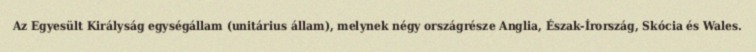
Az Egyesült Királyság egységállam (unitárius állam), melynek négy országrésze Anglia, Észak-Írország, Skócia és Wales.